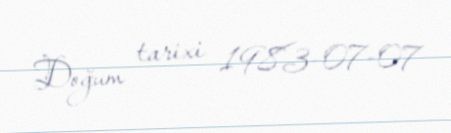
Doğum tarixi 1983-07-07